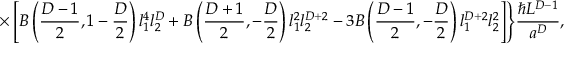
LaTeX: \times \left[ B \left( { \frac { D - 1 } { 2 } } , 1 - { \frac { D } { 2 } } \right) l _ { 1 } ^ { 4 } l _ { 2 } ^ { D } + B \left( { \frac { D + 1 } { 2 } } , - { \frac { D } { 2 } } \right) l _ { 1 } ^ { 2 } l _ { 2 } ^ { D + 2 } - 3 B \left( { \frac { D - 1 } { 2 } } , - { \frac { D } { 2 } } \right) l _ { 1 } ^ { D + 2 } l _ { 2 } ^ { 2 } \right] \Biggr \} { \frac { \hbar L ^ { D - 1 } } { a ^ { D } } } ,